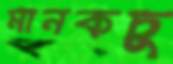
মানকচুু